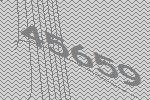
45659